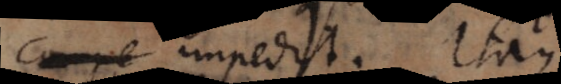
compe impedit. Itaque